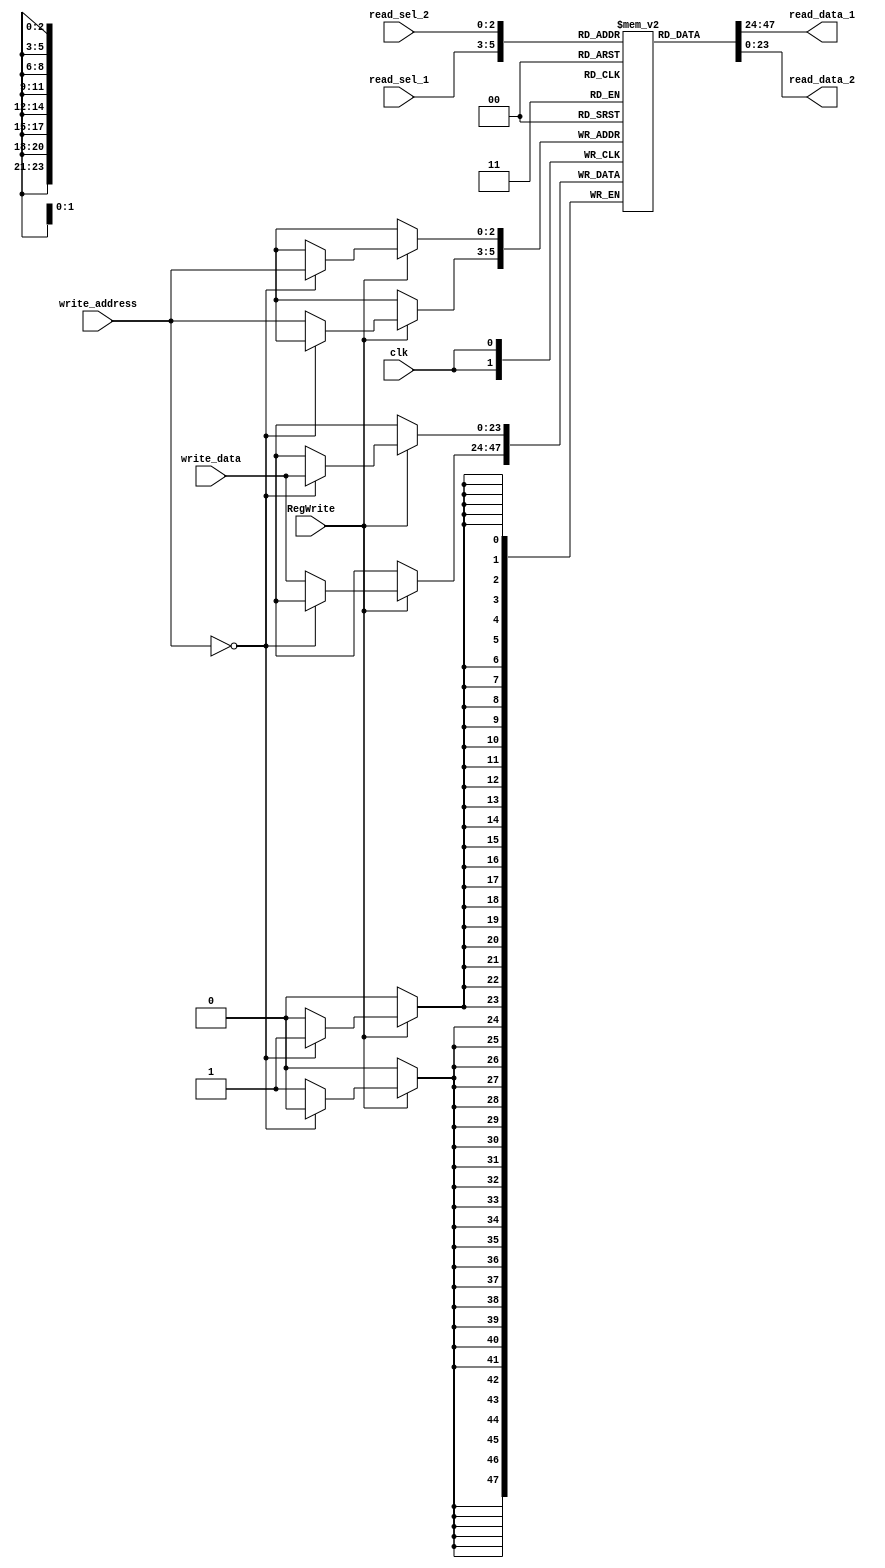


`timescale 1ns / 1ps
module regFile(write_data,read_data_1,read_data_2,read_sel_1, read_sel_2,write_address, RegWrite, clk);
                          
    input   clk, RegWrite;	 
    input   [23:0] write_data;
    input   [2:0] read_sel_1, read_sel_2, write_address;
    output  wire [23:0] read_data_1, read_data_2;
    
    integer i;
	
	reg [23:0] register_file [7:0];
	
       initial begin
            register_file [1] = 23'd9;
            register_file [2] = 23'd1;
       end
    

	//reg [7:0] StatusReg;
	
	initial begin
		for (i=0;i<8;i=i+1)
			register_file[i] = 0; 
	end

    always @ (posedge clk) begin
        if (RegWrite) begin
			if(write_address == 0) begin
		    //  $monitor("Forbidden");
            register_file[write_address] = write_data;
			end
		else begin

            register_file[write_address] = write_data;
        end	 
	
	end		 
	
end
	assign read_data_1 = register_file[read_sel_1];
	assign read_data_2 = register_file[read_sel_2];
	
endmodule